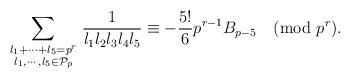
LaTeX: \begin{align*}\sum\limits_{\begin{smallmatrix} {{l}_{1}}+\cdots +{{l}_{5}}={{p}^{r}} \\ {{l}_{1}},\cdots ,{{l}_{5}}\in {\mathcal{P}_{p}}\end{smallmatrix}}{\frac{1}{{{l}_{1}}{{l}_{2}}{{l}_{3}}{{l}_{4}}{{l}_{5}}}}\equiv -\frac{5!}{6}{{p}^{r-1}}{{B}_{p-5}} \pmod{{{p}^{r}}}.\end{align*}